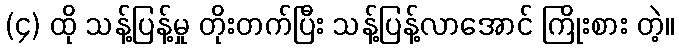
(၄) ထို သန့်ပြန့်မှု တိုးတက်ပြီး သန့်ပြန့်လာအောင် ကြိုးစား တဲ့။